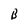
Character: B